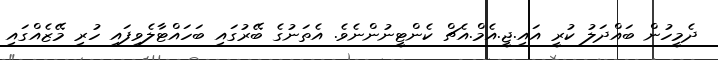
ދެމީހުން ބައްދަލު ކުރީ އައި.ޖީ.އެމް.އެޗް ކެންޓީނުންނެވެ. އެތަނުގެ ބޭރުގައި ބަހައްޓާލެވިފައި ހުރި މޭޒެއްގައި